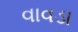
વાવડા